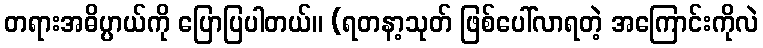
တရားအဓိပ္ပာယ်ကို ပြောပြပါတယ်။ (ရတနာ့သုတ် ဖြစ်ပေါ်လာရတဲ့ အကြောင်းကိုလဲ